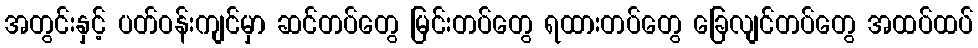
အတွင်းနှင့် ပတ်ဝန်းကျင်မှာ ဆင်တပ်တွေ မြင်းတပ်တွေ ရထားတပ်တွေ ခြေလျင်တပ်တွေ အထပ်ထပ်